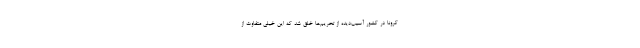
کرونا در کشور آسیب‌دیده از تحریم‌ها خلق شد که این خیلی متفاوت از